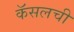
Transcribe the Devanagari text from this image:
कॅसलची